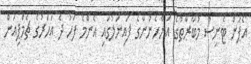
އޯޕަން ޓެނިސް މުބާރާތުގެ އަންހެނުންގެ ފައިނަލުގައި އެންމެ ފަހު ދެ އަހަރުގެ ޗެމްޕިއަން